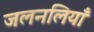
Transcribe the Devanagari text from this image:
जलनलियाँ